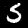
Label: 5